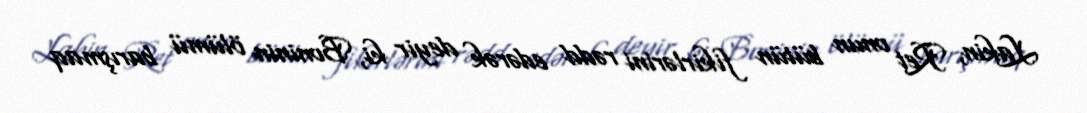
Lakin, Ret onun bütün fikirlərini rədd edərək deyir ki, Boninin ölümü barışmaq